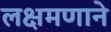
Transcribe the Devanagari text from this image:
लक्षमणाने